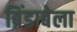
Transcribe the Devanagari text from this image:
ब्रिंडाबेला